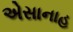
એસાનાહ